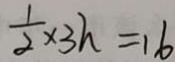
\frac { 1 } { 2 } \times 3 h = 1 6